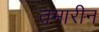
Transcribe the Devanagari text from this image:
तमारीन